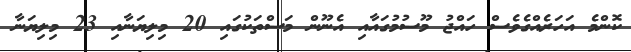
ކޮންމެ އަަހަރެއްގެވެސް ހައްޖު މޫސުމުގައާއި އެނޫން މަސްތަކުގައި 20 މިލިޔަނާއި 23 މިލިޔަނާ